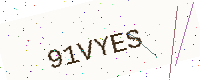
Text: 91VYES